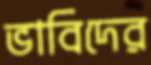
ভাবিদের